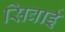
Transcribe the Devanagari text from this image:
सिवाई